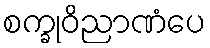
စက္ခုဝိညာဏံပေ